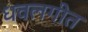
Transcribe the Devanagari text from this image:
धवलगीत